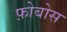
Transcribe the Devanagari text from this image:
फ़ोबोस